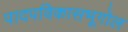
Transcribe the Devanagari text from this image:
पादपविकासभूगोल